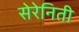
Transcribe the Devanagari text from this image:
सेरेनिती